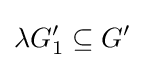
\lambda G_{1}^{\prime }\subseteq G^{\prime }